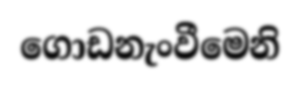
ගොඩනැංවීමෙනි